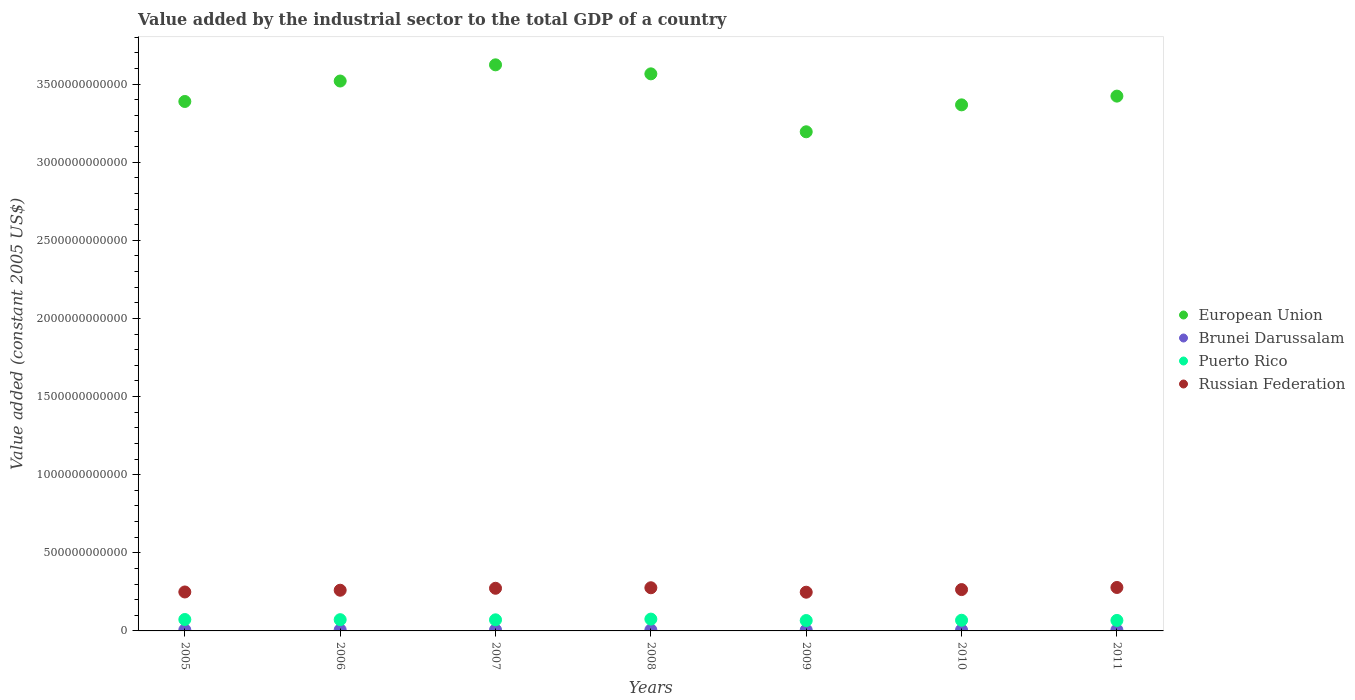
| Years | European Union | Brunei Darussalam | Puerto Rico | Russian Federation |
 | --- | --- | --- | --- | --- |
 | 2005 | 3.39e+12 | 6.82e+09 | 7.31e+10 | 2.49e+11 |
 | 2006 | 3.52e+12 | 7.02e+09 | 7.2e+10 | 2.6e+11 |
 | 2007 | 3.62e+12 | 6.62e+09 | 7.1e+10 | 2.73e+11 |
 | 2008 | 3.57e+12 | 6.26e+09 | 7.57e+10 | 2.76e+11 |
 | 2009 | 3.19e+12 | 5.95e+09 | 6.65e+10 | 2.48e+11 |
 | 2010 | 3.37e+12 | 6.05e+09 | 6.83e+10 | 2.65e+11 |
 | 2011 | 3.42e+12 | 6.25e+09 | 6.72e+10 | 2.78e+11 |